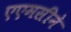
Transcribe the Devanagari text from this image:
एएमसीने